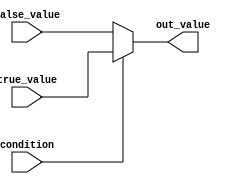
module conditional_operator_assignment (
    input wire condition,      // Boolean condition for the assignment
    input wire [7:0] true_value,  // Value to assign if condition is true
    input wire [7:0] false_value, // Value to assign if condition is false
    output reg [7:0] out_value  // Output variable
);

    always @(*) begin
        out_value = condition ? true_value : false_value;
    end

endmodule